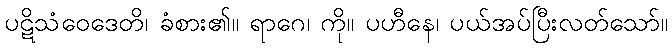
ပဋိသံဝေဒေတိ၊ ခံစား၏။ ရာဂေ၊ ကို။ ပဟီနေ၊ ပယ်အပ်ပြီးလတ်သော်။